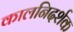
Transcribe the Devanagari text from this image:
कालनिदर्शक